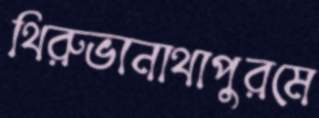
থিরুভানাথাপুরমে